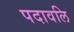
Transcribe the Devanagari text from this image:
पदावलि